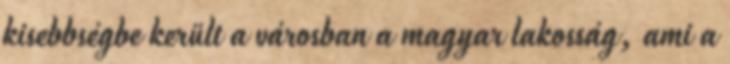
kisebbségbe került a városban a magyar lakosság, ami a